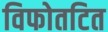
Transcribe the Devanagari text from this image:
विफोतटित